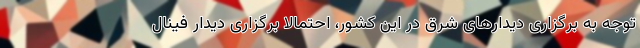
توجه به برگزاری دیدارهای شرق در این کشور، احتمالاً برگزاری دیدار فینال